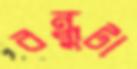
বন্ধুটা